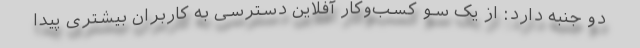
دو جنبه دارد: از یک سو کسب‌وکار آفلاین دسترسی به کاربران بیشتری پیدا